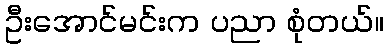
ဦးအောင်မင်းက ပညာ စုံတယ်။